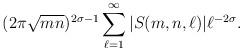
LaTeX: \begin{align*}(2\pi \sqrt{mn})^{2\sigma -1} \sum_{\ell=1}^\infty |S(m,n,\ell)| \ell^{-2\sigma}.\end{align*}